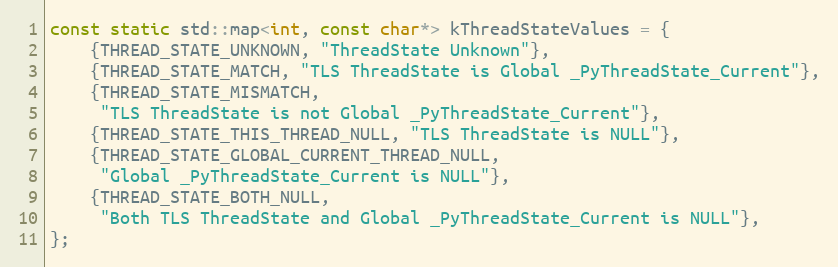
Language: C++
const static std::map<int, const char*> kThreadStateValues = {
    {THREAD_STATE_UNKNOWN, "ThreadState Unknown"},
    {THREAD_STATE_MATCH, "TLS ThreadState is Global _PyThreadState_Current"},
    {THREAD_STATE_MISMATCH,
     "TLS ThreadState is not Global _PyThreadState_Current"},
    {THREAD_STATE_THIS_THREAD_NULL, "TLS ThreadState is NULL"},
    {THREAD_STATE_GLOBAL_CURRENT_THREAD_NULL,
     "Global _PyThreadState_Current is NULL"},
    {THREAD_STATE_BOTH_NULL,
     "Both TLS ThreadState and Global _PyThreadState_Current is NULL"},
};